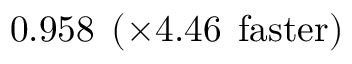
0 . 9 5 8 \: \: ( \times 4 . 4 6 \: \: \mathrm { f a s t e r } )